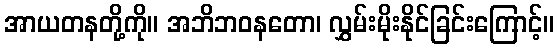
အာယတနတို့ကို။ အဘိဘဝနတော၊ လွှမ်းမိုးနိုင်ခြင်းကြောင့်။